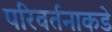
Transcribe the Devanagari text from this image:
परिवर्तनाकडे